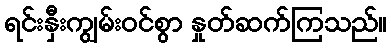
ရင်းနှီးကျွမ်းဝင်စွာ နှုတ်ဆက်ကြသည်။